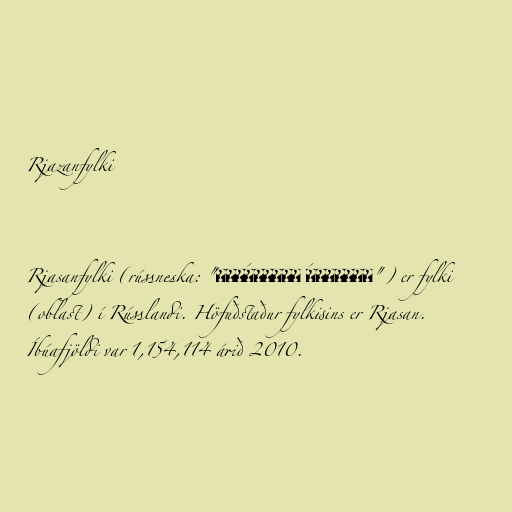
Rjazanfylki

Rjasanfylki (rússneska: "Ряза́нская о́бласть") er fylki
(oblast) í Rússlandi. Höfuðstaður fylkisins er Rjasan.
Íbúafjöldi var 1,154,114 árið 2010.